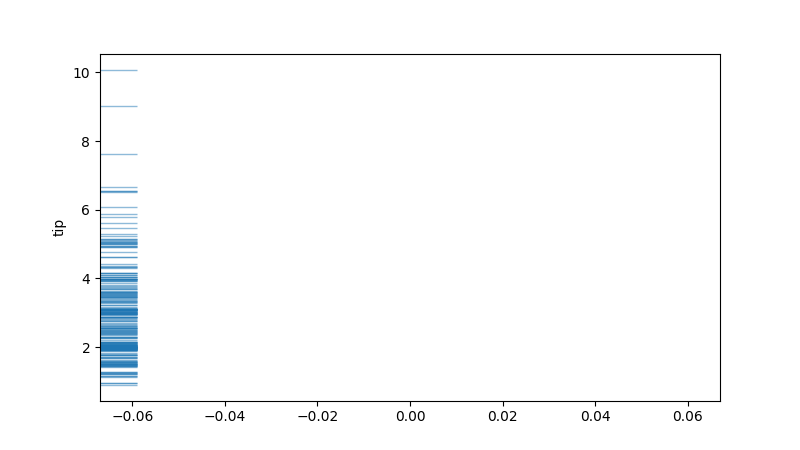
python, seaborn, rugplot, height=0.06, axis='y', alpha=0.5